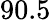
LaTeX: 90.5